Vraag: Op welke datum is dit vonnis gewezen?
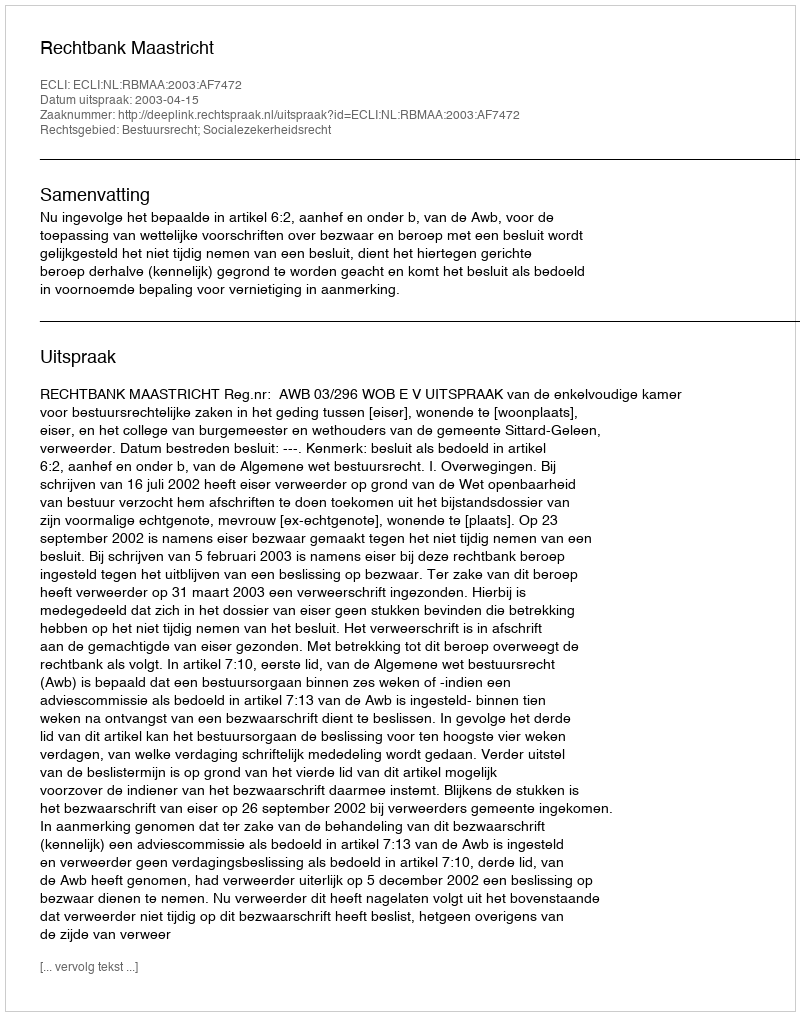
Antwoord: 2003-04-15